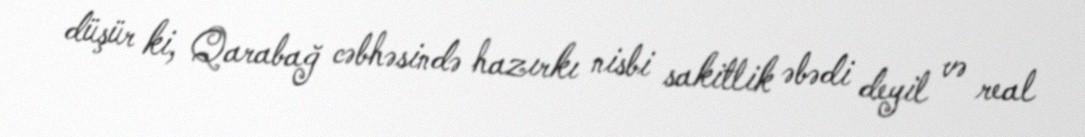
düşür ki, Qarabağ cəbhəsində hazırkı nisbi sakitlik əbədi deyil və real